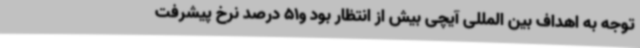
توجه به اهداف بین المللی آیچی بیش از انتظار بود و51 درصد نرخ پیشرفت